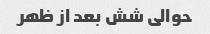
حوالی شش بعد از ظهر